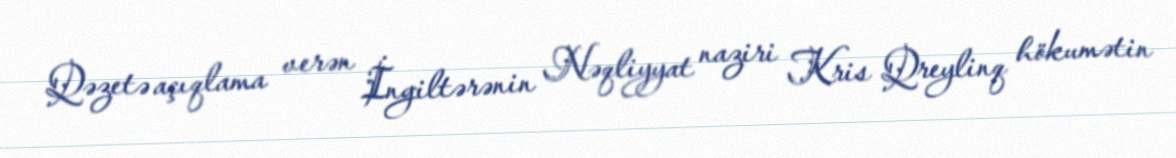
Qəzetə açıqlama verən İngiltərənin Nəqliyyat naziri Kris Qreylinq hökumətin